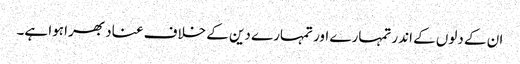
ان کے دلوں کے اندر تمہارے اور تمہارے دین کے خلاف عناد بھرا ہوا ہے۔